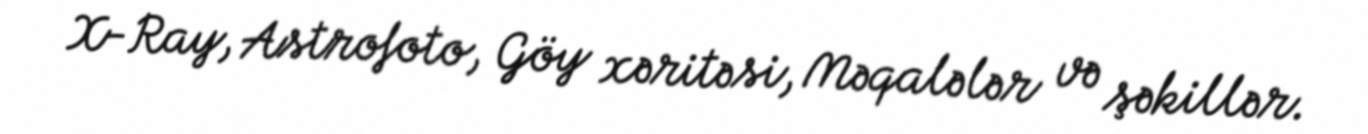
X-Ray, Astrofoto, Göy xəritəsi, Məqalələr və şəkillər.